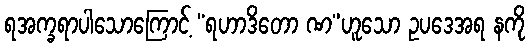
ရအက္ခရာပါသောကြောင့် “ရဟာဒိတော ဏ”ဟူသော ဥပဒေအရ နကို